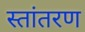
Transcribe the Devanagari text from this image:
स्तांतरण